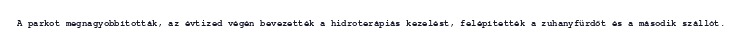
A parkot megnagyobbították, az évtized végén bevezették a hidroterápiás kezelést, felépítették a zuhanyfürdőt és a második szállót.